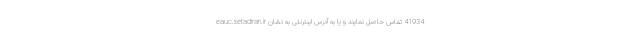
41934 تماس حاصل نمایند و یا به آدرس اینترنتی به نشان eauc.setadiran.ir